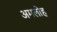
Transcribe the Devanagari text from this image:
अमलोह